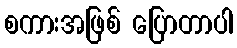
စကားအဖြစ် ပြောတာပါ